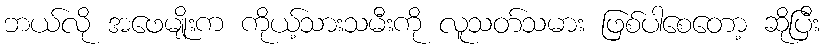
ဘယ်လို အဖေမျိုးက ကိုယ့်သားသမီးကို လူသတ်သမား ဖြစ်ပါစေတော့ ဆိုပြီး